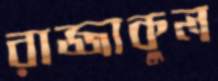
রাজ্জাকুল